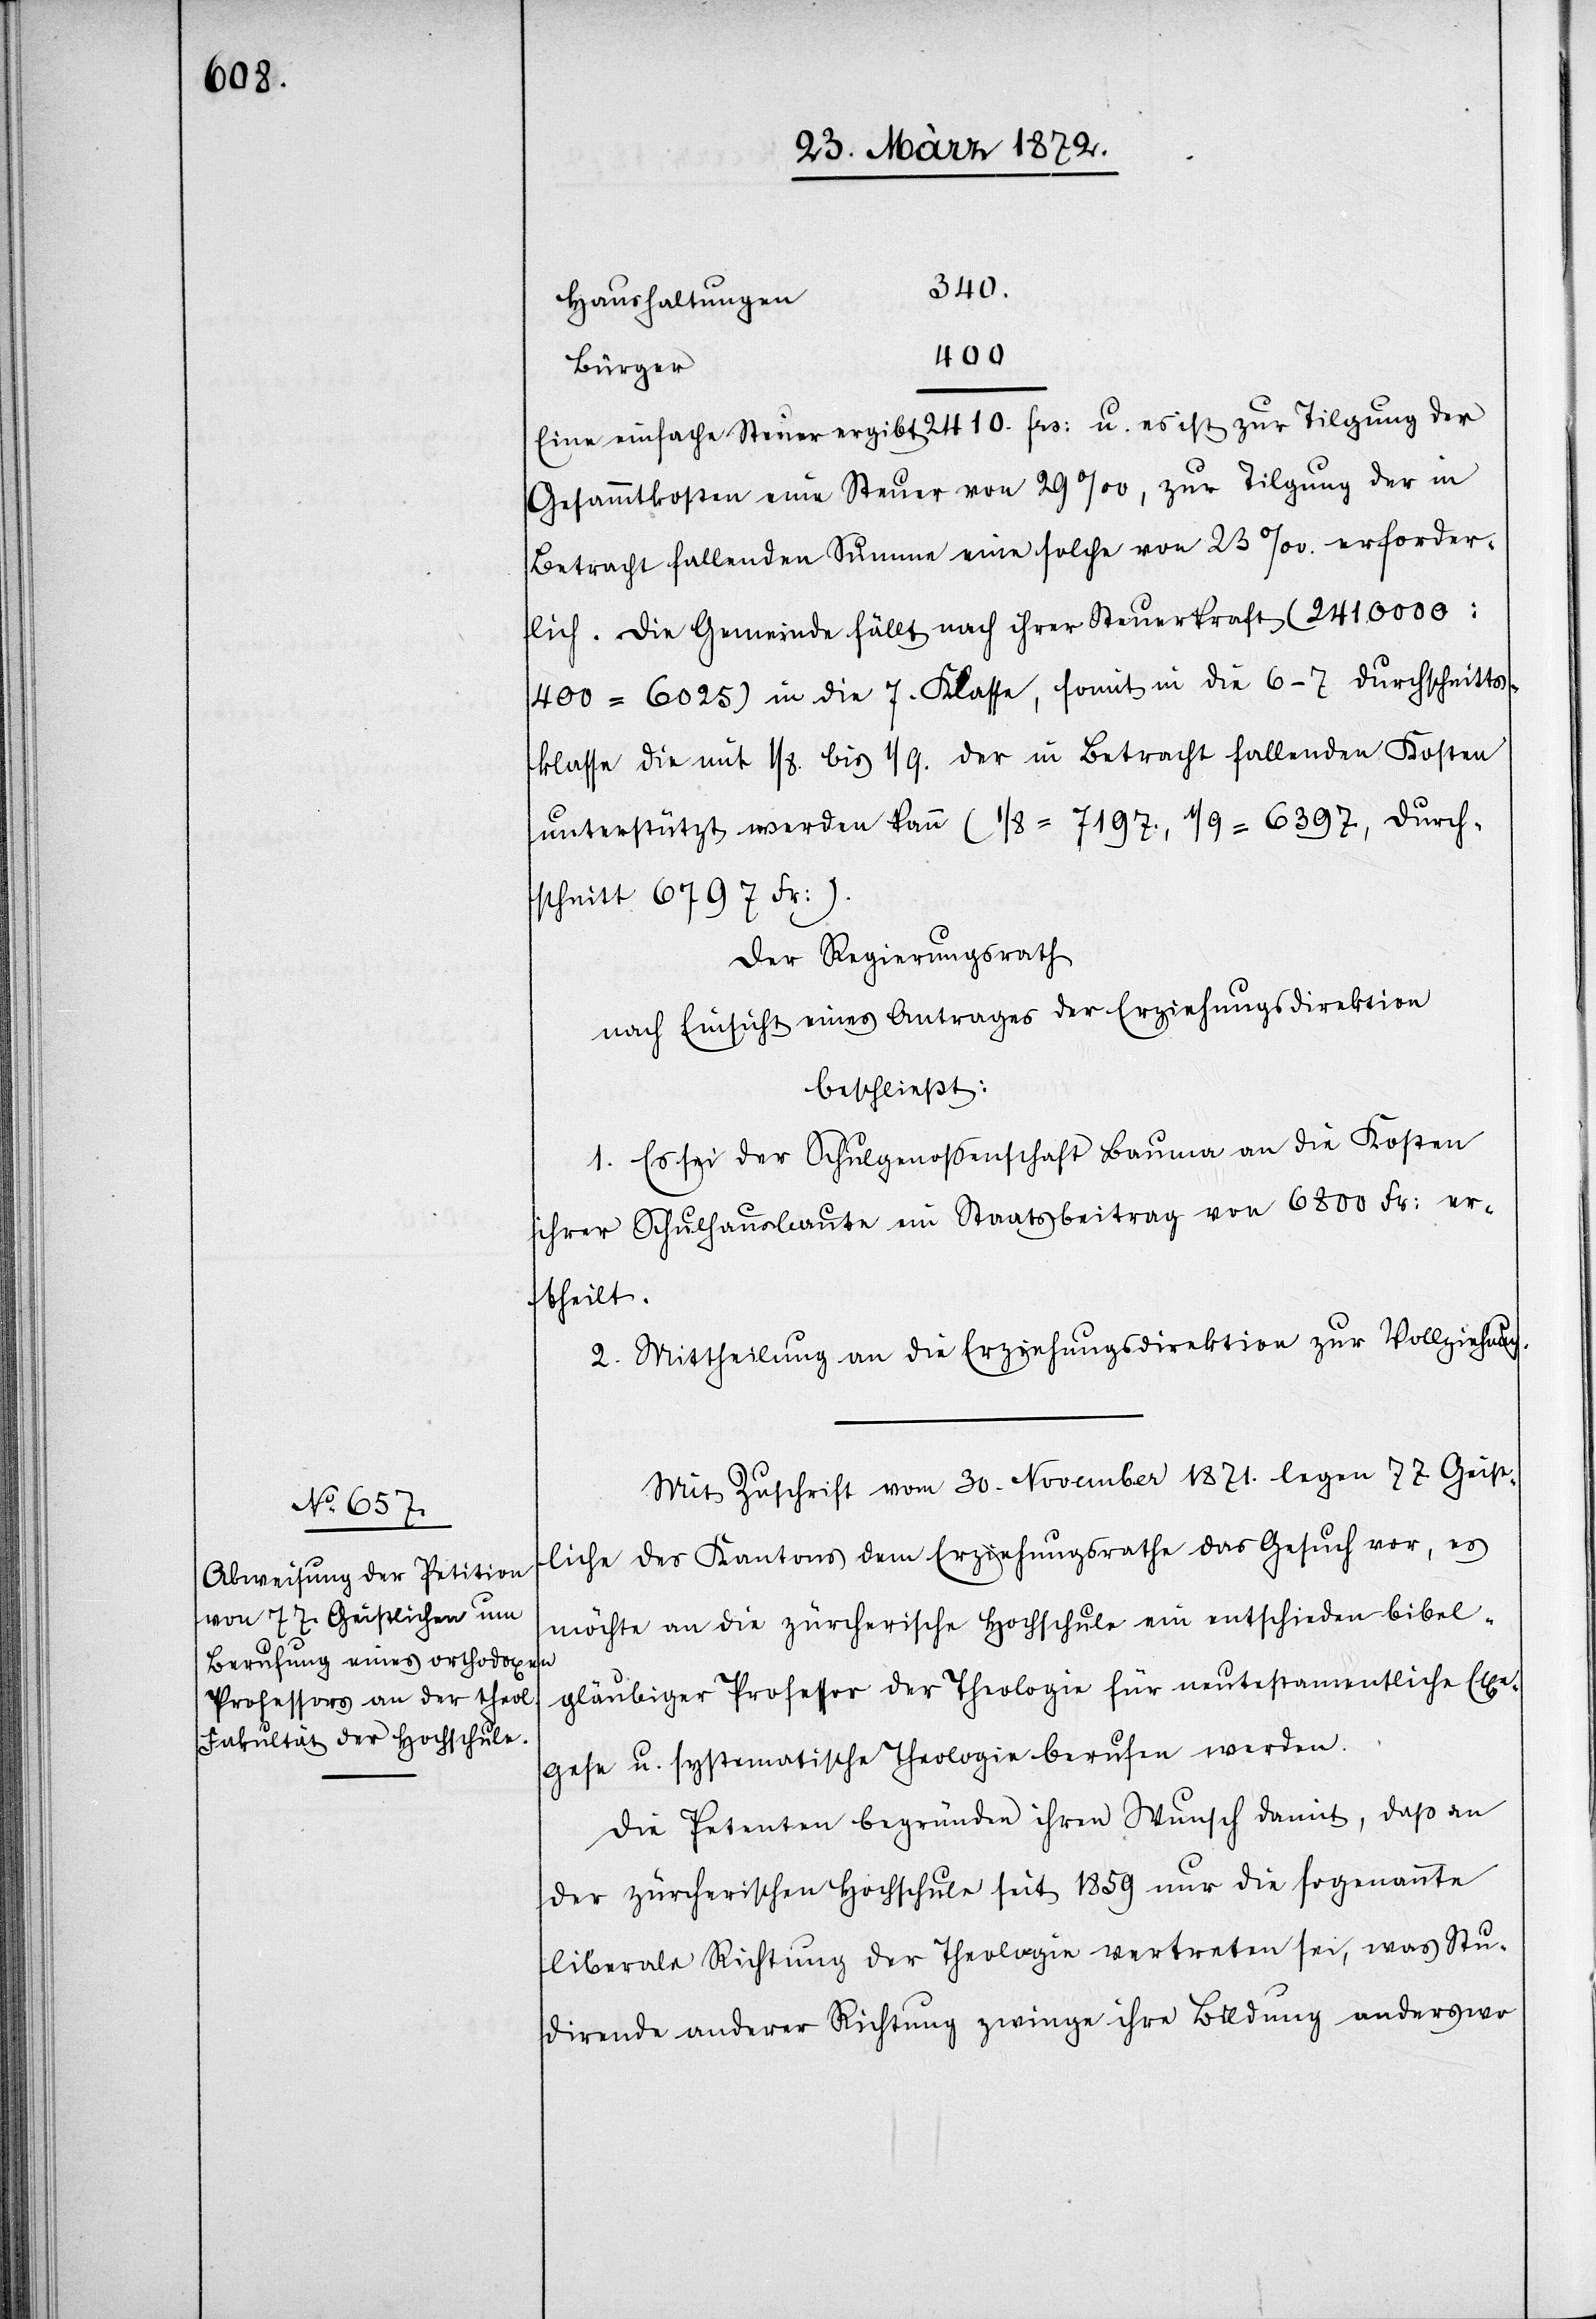
340
Haushaltungen
400
Bürger
Eine einfache Steuer ergibt 2410. frs: u. es ist zur Tilgung der
Gesammtkosten eine Steuer von 29‰, zur Tilgung der in
Betracht fallenden Summe eine solche von 23‰ erforder¬
lich. Die Gemeinde fällt nach ihrer Steuerkraft (241.0000
400 = 6025) in die 7. Klasse, somit in die 6–7 Durchschnitts¬
klasse die mit 1/8. bis 1/9. der in Betracht fallenden Kosten
unterstützt werden kann (1/8 = 7197., 1/9 = 6397, Durch¬
schnitt 6797 Fr:).
Der Regierungsrath
nach Einsicht eines Antrages der Erziehungsdirektion
beschließt:
1. Es sei der Schulgenossenschaft Bauma an die Kosten
ihrer Schulhausbaute ein Staatsbeitrag von 6800 Fr: er¬
theilt.
2. Mittheilung an die Erziehungsdirektion zur Vollziehung.
Mit Zuschrift vom 30. November 1871. legen 77 Geist¬
liche des Kantons dem Erziehungsrathe das Gesuch vor, es
möchte an die zürcherische Hochschule ein entschieden bibel¬
gläubiger Professor der Theologie für neutestamentliche Exe¬
gese u. systematische Theologie berufen werden.
Die Petenten begründen ihren Wunsch damit, daß an
der zürcherischen Hochschule seit 1859 nur die sogenannte
liberale Richtung der Theologie vertreten sei, was Stu¬
dirende anderer Richtung zwinge ihre Bildung anderswo